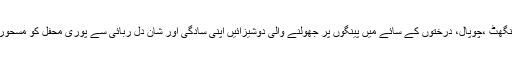
دیہاتوں میں پنگھٹ ،چوپال، درختوں کے سائے میں پینگوں پر جھولنے والی دوشیزائیں اپنی سادگی اور شان دل ربائی سے پوری محفل کو مسحور کر دیتی ہیں۔